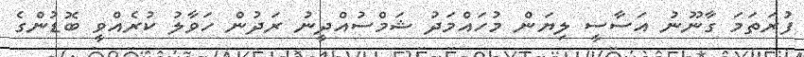
ފުރަތަމަ ގާނޫނު އަސާސީ ލިޔަން މުހައްމަދު ޝަމްސުއްދީނު ރަދުން ހަވާލު ކުރެއްވީ ބޮޑުންގެ